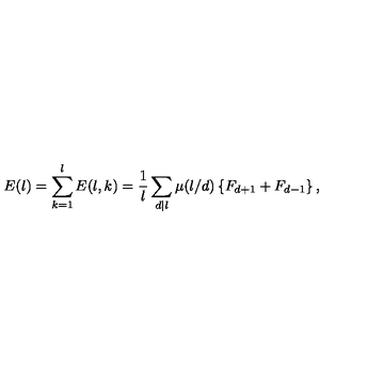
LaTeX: E ( l ) = \sum _ { k = 1 } ^ { l } E ( l , k ) = \frac { 1 } { l } \sum _ { d | l } \mu ( l / d ) \left\{ F _ { d + 1 } + F _ { d - 1 } \right\} ,